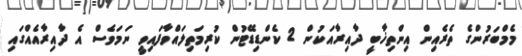
މެމްބަރުންގެ ތެރެއިން އިންތިޚާބީ ދާއިރާއަކުން 2 ކެންޑިޑޭޓުން ކުރިމަތިލައްވާފައިވީ ނަމަވެސް އެ ދާއިރާއެއްގައި